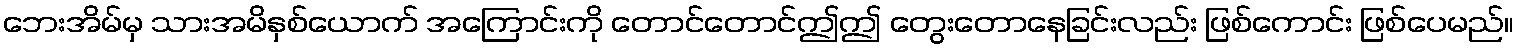
ဘေးအိမ်မှ သားအမိနှစ်ယောက် အကြောင်းကို တောင်တောင်ဤဤ တွေးတောနေခြင်းလည်း ဖြစ်ကောင်း ဖြစ်ပေမည်။